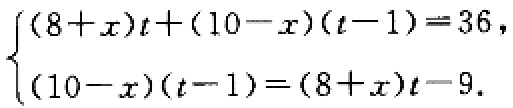
\[\begin{cases}(8 + x)t+(10 - x)(t - 1)=36,\\(10 - x)(t - 1)=(8 + x)t-9.\end{cases}\]